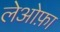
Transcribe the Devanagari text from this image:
लेओफ़ा